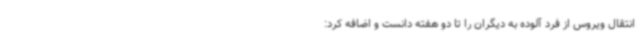
انتقال ویروس از فرد آلوده به دیگران را تا دو هفته دانست و اضافه کرد: